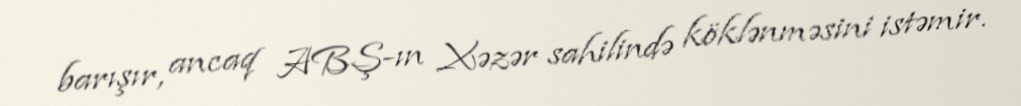
barışır, ancaq ABŞ-ın Xəzər sahilində köklənməsini istəmir.